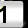
Digit: 1